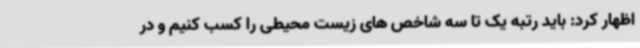
اظهار کرد: باید رتبه یک تا سه شاخص های زیست محیطی را کسب کنیم و در